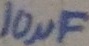
Text: 10µF